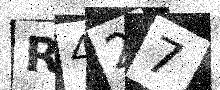
Text: R427